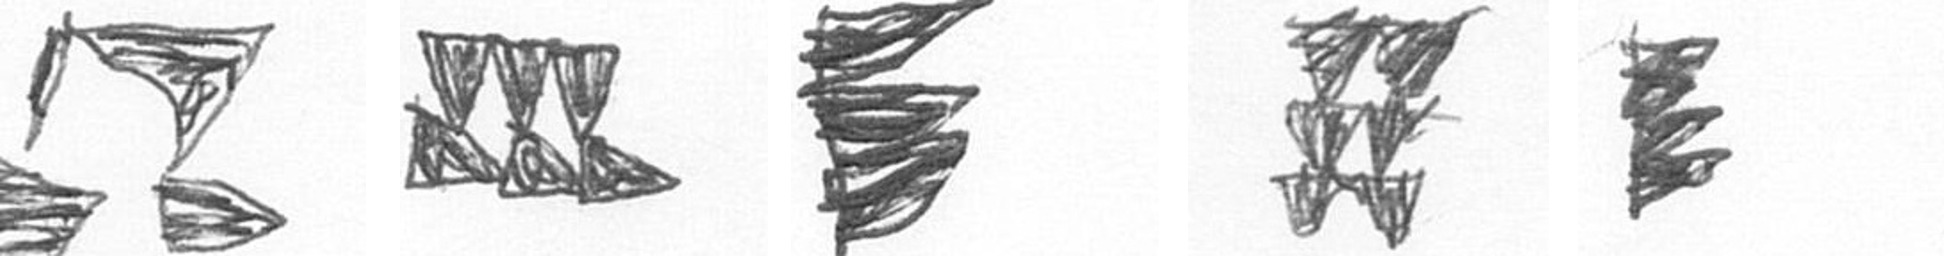
B D H Y H